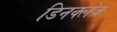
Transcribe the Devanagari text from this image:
डिनक्लेज